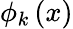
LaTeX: \phi_{k}\left(x\right)